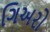
ગિઅરો